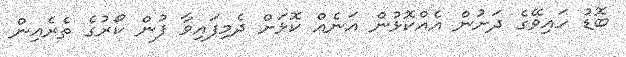
ބޮޑު ހައިވޭގެ ދަށުން އެއްކޮޅުން އަނެއް ކޮޅަށް ދެމިފައިވާ ފުން ކޯރުގެ ތެރެއިން